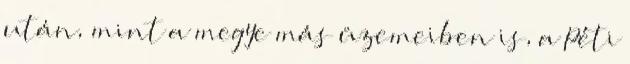
után, mint a megye más üzemeiben is, a Péti